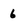
Character: 6